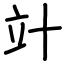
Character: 竍